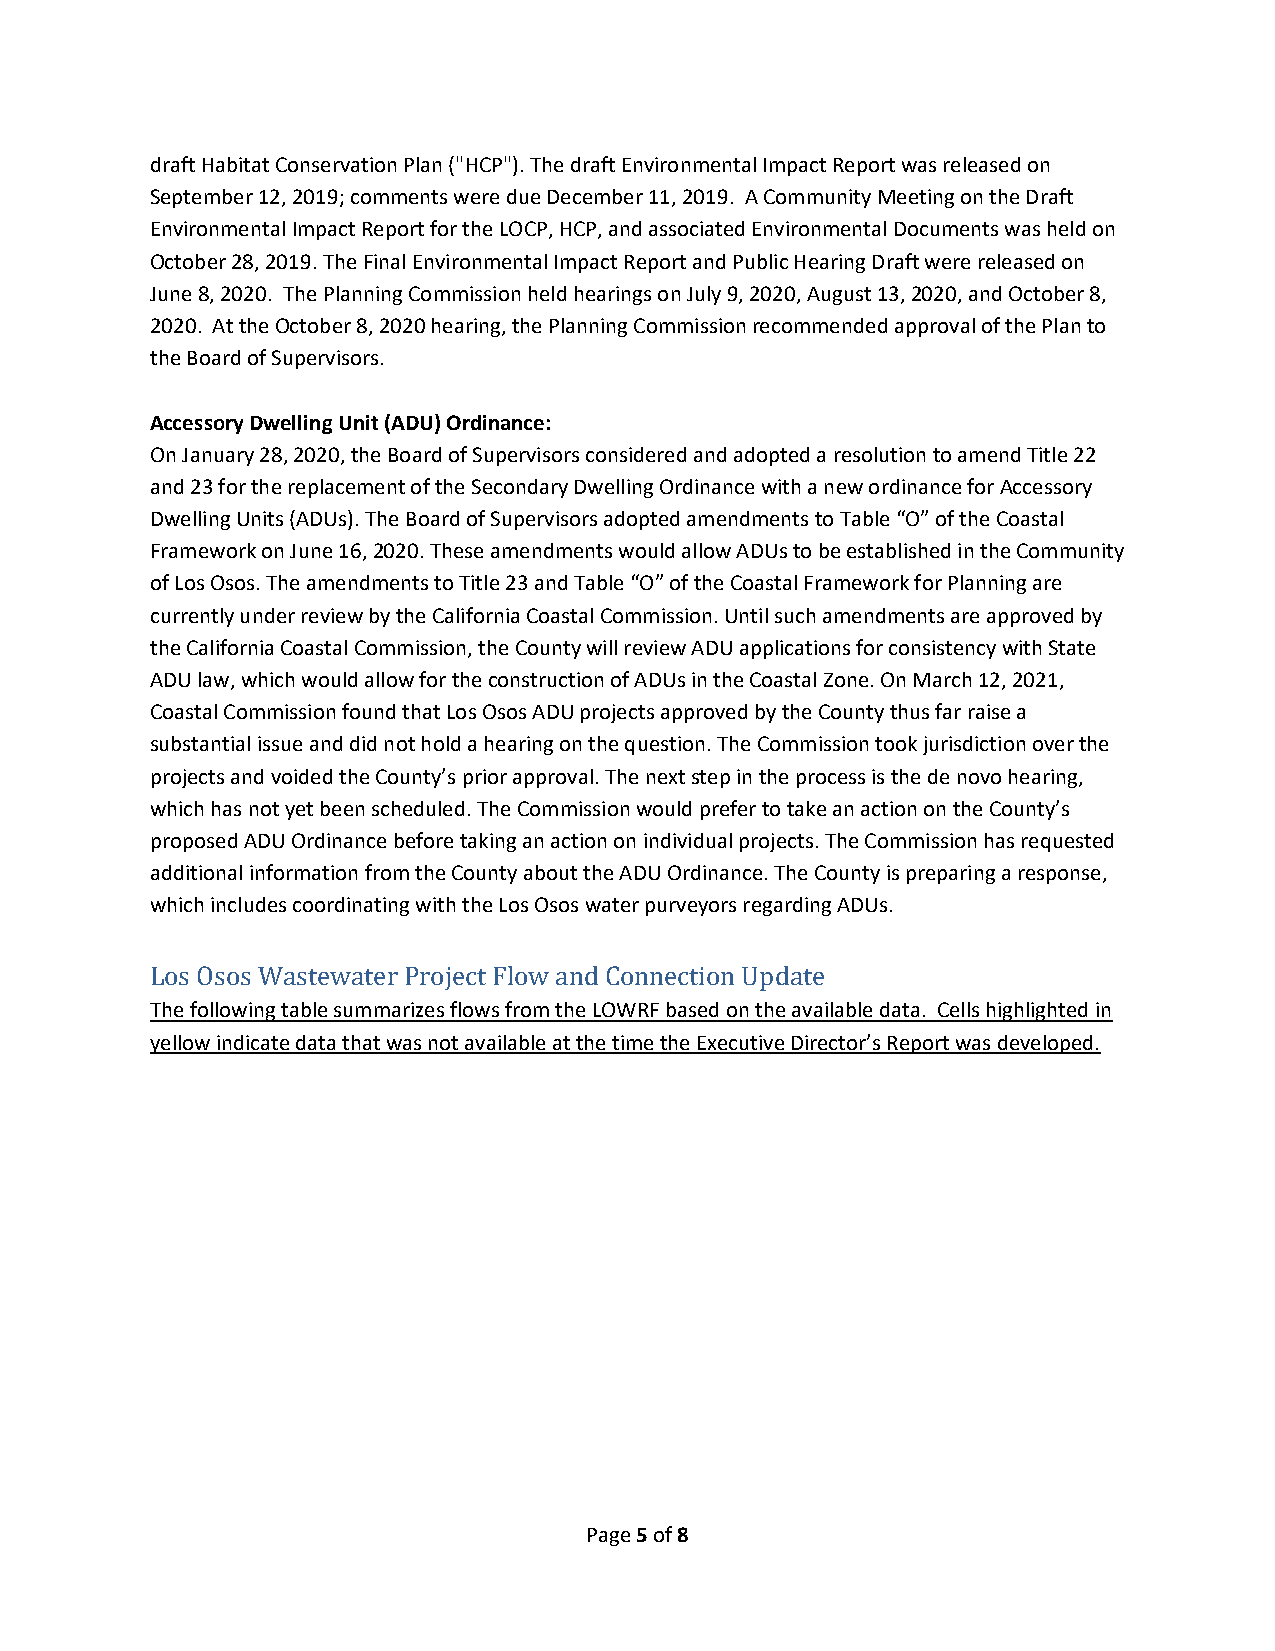
draft Habitat Conservation Plan ("HCP"). The draft Environmental Impact Report was released on
 September 12, 2019; comments were due December 11, 2019. A Community Meeting on the Draft
 Environmental Impact Report for the LOCP, HCP, and associated Environmental Documents was held on
 October 28, 2019. The Final Environmental Impact Report and Public Hearing Draft were released on
 June 8, 2020. The Planning Commission held hearings on July 9, 2020, August 13, 2020, and October 8,
 2020. At the October 8, 2020 hearing, the Planning Commission recommended approval of the Plan to
 the Board of Supervisors.
 Accessory Dwelling Unit (ADU) Ordinance:
 On January 28, 2020, the Board of Supervisors considered and adopted a resolution to amend Title 22
 and 23 for the replacement of the Secondary Dwelling Ordinance with a new ordinance for Accessory
 Dwelling Units (ADUs). The Board of Supervisors adopted amendments to Table “O” of the Coastal
 Framework on June 16, 2020. These amendments would allow ADUs to be established in the Community
 of Los Osos. The amendments to Title 23 and Table “O” of the Coastal Framework for Planning are
 currently under review by the California Coastal Commission. Until such amendments are approved by
 the California Coastal Commission, the County will review ADU applications for consistency with State
 ADU law, which would allow for the construction of ADUs in the Coastal Zone. On March 12, 2021,
 Coastal Commission found that Los Osos ADU projects approved by the County thus far raise a
 substantial issue and did not hold a hearing on the question. The Commission took jurisdiction over the
 projects and voided the County’s prior approval. The next step in the process is the de novo hearing,
 which has not yet been scheduled. The Commission would prefer to take an action on the County’s
 proposed ADU Ordinance before taking an action on individual projects. The Commission has requested
 additional information from the County about the ADU Ordinance. The County is preparing a response,
 which includes coordinating with the Los Osos water purveyors regarding ADUs.
 Los Osos Wastewater Project Flow and Connection Update
 The following table summarizes flows from the LOWRF based on the available data. Cells highlighted in
 yellow indicate data that was not available at the time the Executive Director’s Report was developed.
 Page 5 of 8